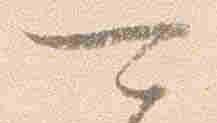
可